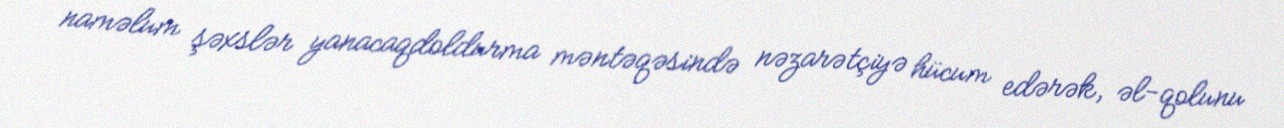
naməlum şəxslər yanacaqdoldurma məntəqəsində nəzarətçiyə hücum edərək, əl-qolunu